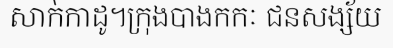
សាក់កាដូ។ក្រុងបាងកកៈ ជនសង្ស័យ